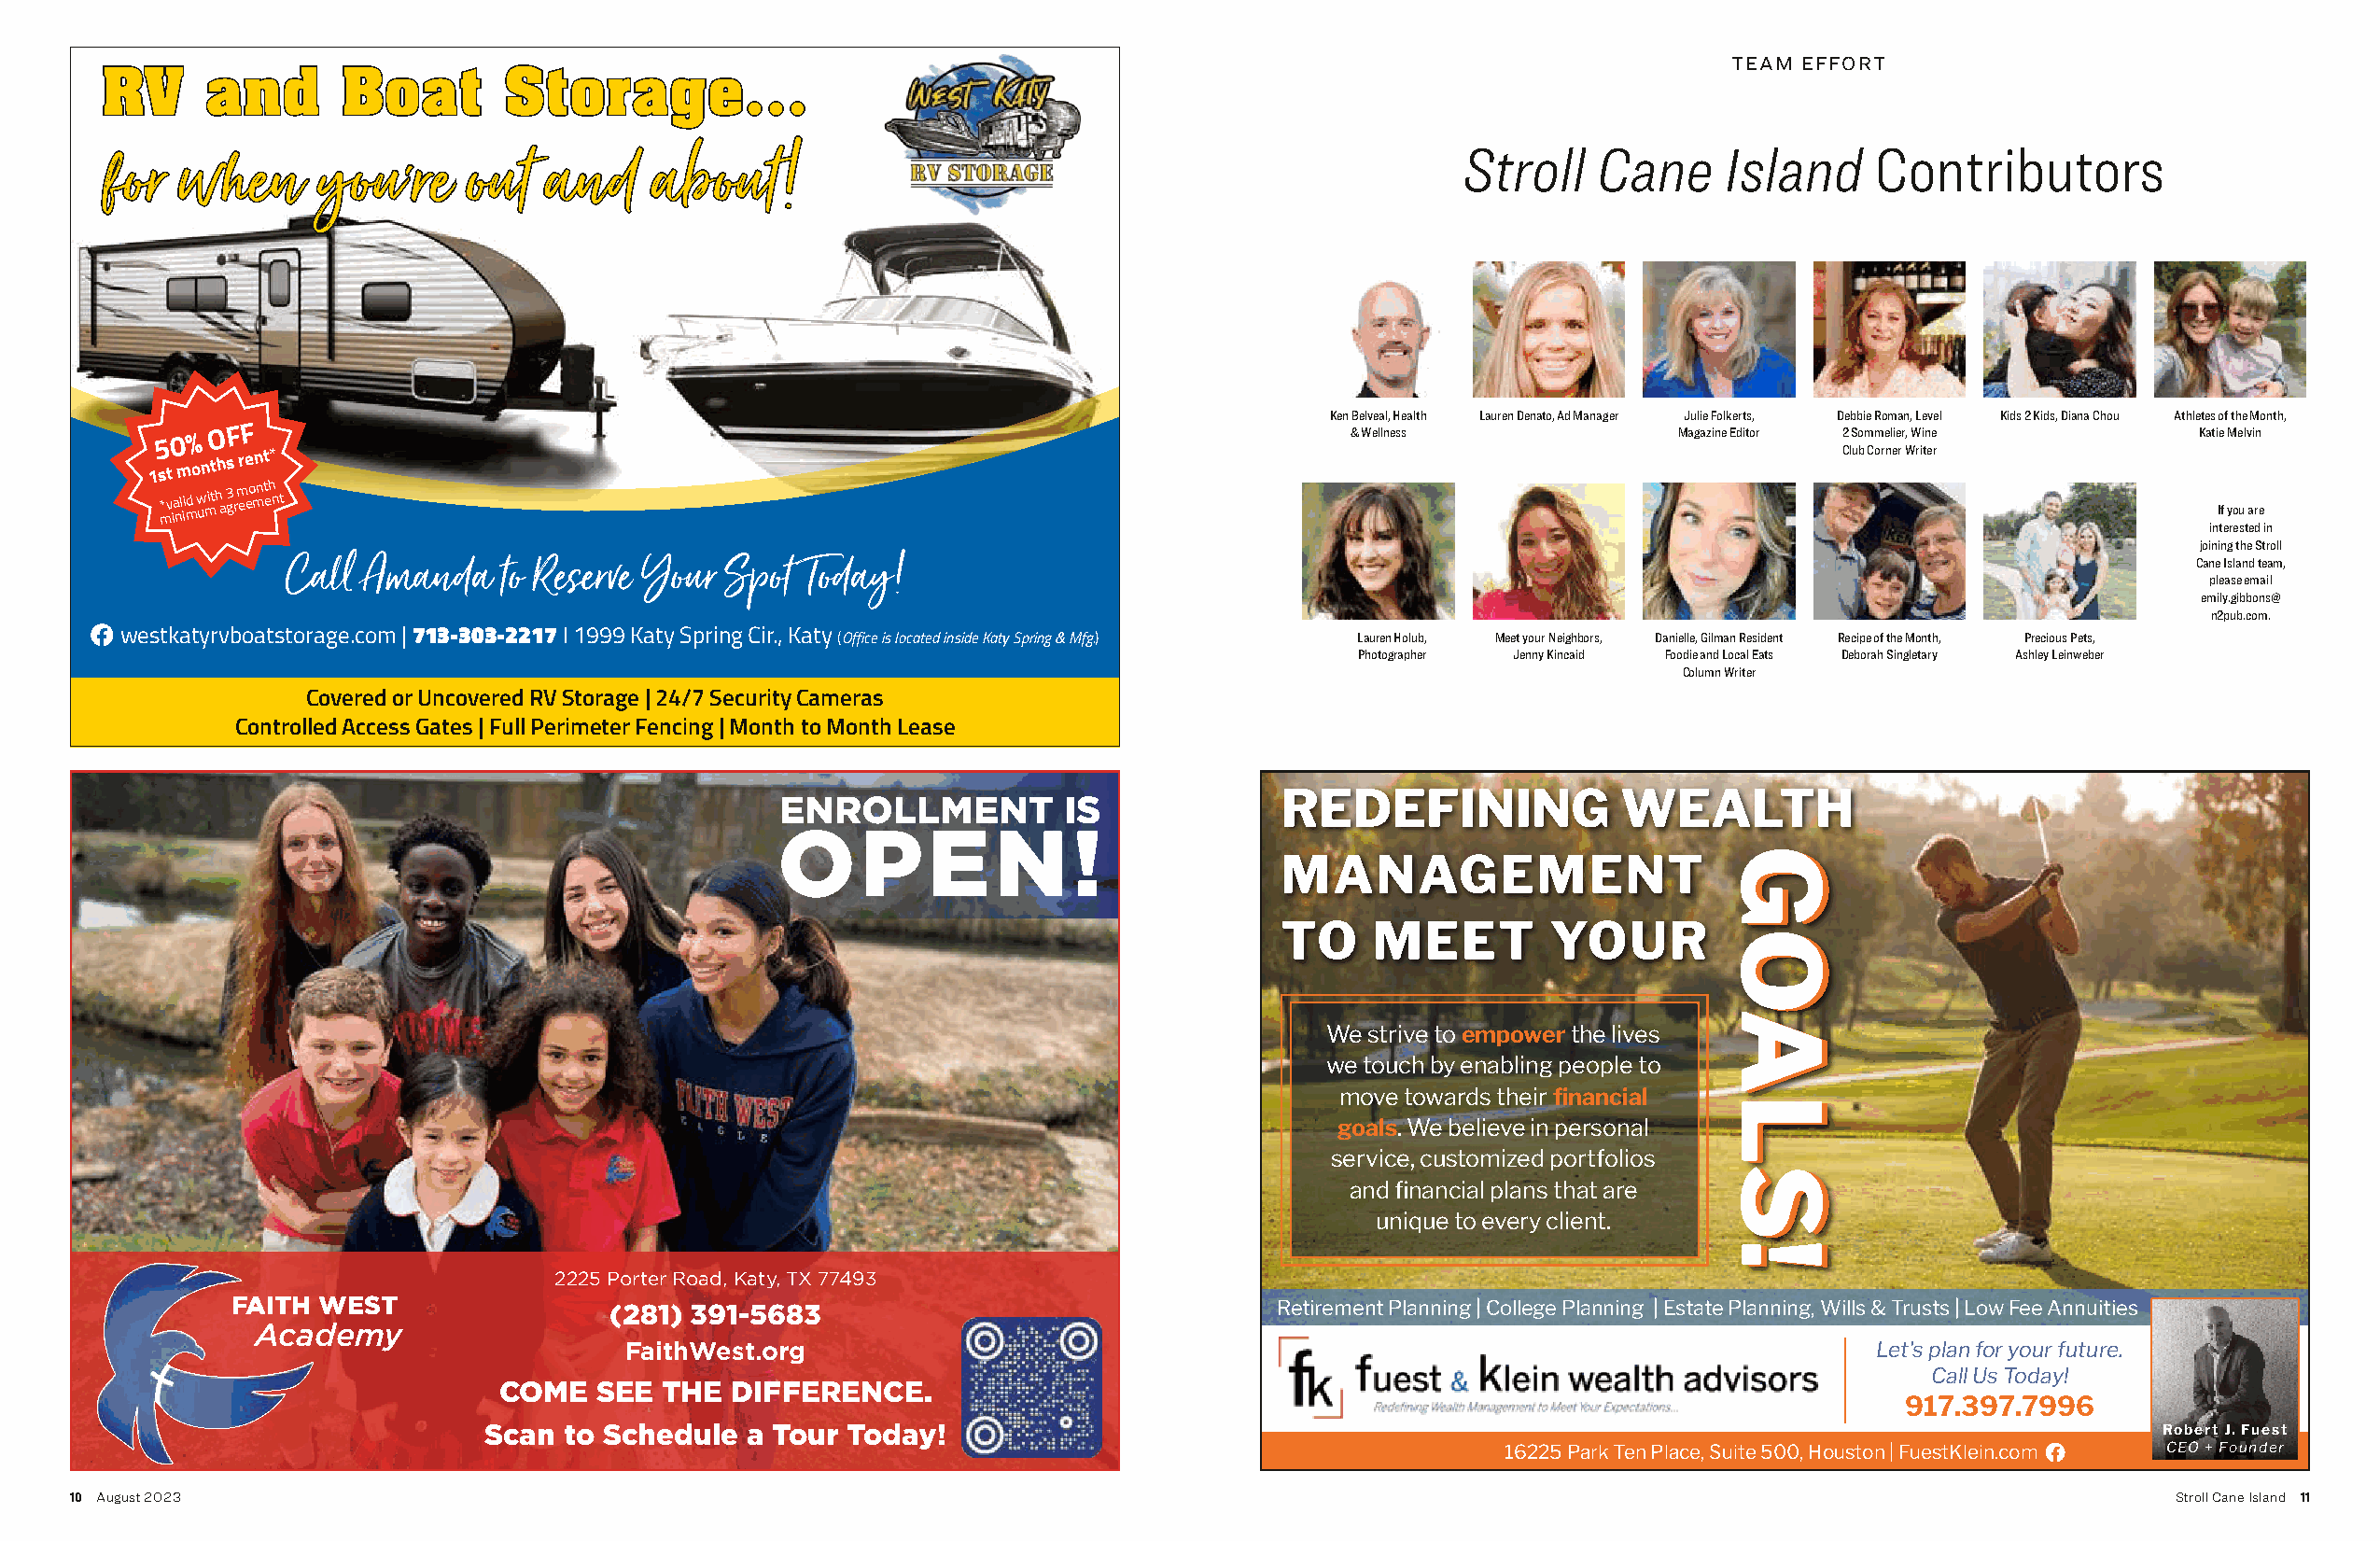
TEAM EFFORT
 RV      and      Boat        Storage...
 for   when     you're     out   and    about!                                                    Stroll   Cane     Island     Contributors
 Ken Belveal, Health Lauren Denato, Ad Manager Julie Folkerts, Debbie Roman, Level Kids 2 Kids, Diana Chou Athletes of the Month,
 50% OFF                                                                              & Wellness             Magazine Editor 2 Sommelier, Wine    Katie Melvin
 1st
 months
 rent*                                                                                                             Club Corner Writer
 * mv ia nl ii md w umith a 3 g rm eeo mnt eh nt                                                                                                   If you are
 interested in
 joining the Stroll
 Call  Amanda   to Reserve Your Spot  Today!                                                                                             Cane Island team,
 please email
 emily.gibbons@
 n2pub.com.
 westkatyrvboatstorage.com | 713-303-2217 I 1999 Katy Spring Cir., Katy (Office is located inside Katy Spring & Mfg.) Lauren Holub, Meet your Neighbors, Danielle, Gilman Resident Recipe of the Month, Precious Pets,
 Photographer Jenny Kincaid Foodie and Local Eats Deborah Singletary Ashley Leinweber
 Column Writer
 Covered or Uncovered RV Storage | 24/7 Security Cameras
 Controlled Access Gates | Full Perimeter Fencing | Month to Month Lease
 REDEFINING              WEALTH
 ENROLLMENT          IS
 OPEN!
 MANAGEMENT
 TO    MEET         YOUR
 We strive to empower the lives
 we touch by enabling people to
 move towards their financial
 goals. We believe in personal
 service, customized portfolios
 and financial plans that are
 unique to every client.
 2225 Porter Road, Katy, TX 77493
 FAITH  WEST                (281) 391-5683                                  Retirement Planning | College Planning | Estate Planning, Wills & Trusts | Low Fee Annuities
 Academy
 FaithWest.org                                                                            Let's plan for your future.
 Call Us Today!
 COME   SEE  THE  DIFFERENCE.
 917.397.7996
 Scan  to Schedule  a Tour Today!                                                                                       Robert J. Fuest
 16225 Park Ten Place, Suite 500, Houston | FuestKlein.com CEO + Founder
 10 August 2023                                                                                                                                       Stroll Cane Island 11
 GOALS! GOALS!